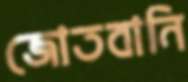
জোতবানি